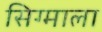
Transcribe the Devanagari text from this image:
सिग्माला